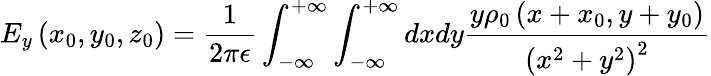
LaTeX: E_{y}\left(x_{0},y_{0},z_{0}\right)=\frac{1}{2\pi\epsilon}\int_{-\infty}^{+\infty}\int_{-\infty}^{+\infty}dxdy\frac{y\rho_{0}\left(x+x_{0},y+y_{0}\right)}{\left(x^{2}+y^{2}\right)^{2}}